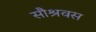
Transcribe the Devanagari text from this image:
सौश्रवस